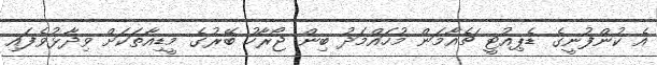
އެ ކުންފުނީގެ ޑެޕިއުޓީ ޗެއާމަން މުހައްމަދު ބިން ޖޯރާހު ބޭރުގެ މީޑިއާތަކަށް ވިދާޅުވެފައި